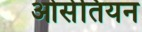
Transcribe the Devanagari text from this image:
ओसेतियन